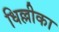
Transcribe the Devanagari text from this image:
धिल्लीका